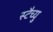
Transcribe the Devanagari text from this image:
स्टैच्यु